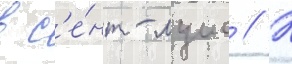
в с'е́нт-луис // К